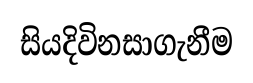
සියදිවිනසාගැනීම